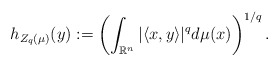
\begin{align*}h_{Z_q(\mu )}(y):= \left(\int_{{\mathbb R}^n} |\langle x,y\rangle|^{q}d\mu (x) \right)^{1/q}.\end{align*}